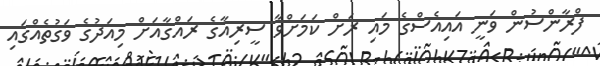
ފްރާންސުން ވަނީ އައިއެސްގެ މައި ރަށް ކަމަށްވާ ސީރިއާގެ ރައްގާއަށް މިއަދުގެ ވަގުތެއްގައި